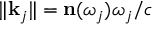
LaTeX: \| \mathbf { k } _ { j } \| = \mathbf { n } ( \omega _ { j } ) \omega _ { j } / c